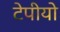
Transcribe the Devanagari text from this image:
टेपीयो